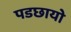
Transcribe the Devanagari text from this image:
पडछायो